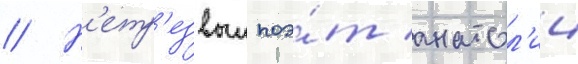
// Н'етр'езвыи поэ́т анатол'ии